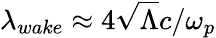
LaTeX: \lambda_{wake}\approx 4\sqrt\Lambda c/\omega_{p}